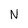
Character: N